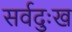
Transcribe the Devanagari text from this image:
सर्वदुःख